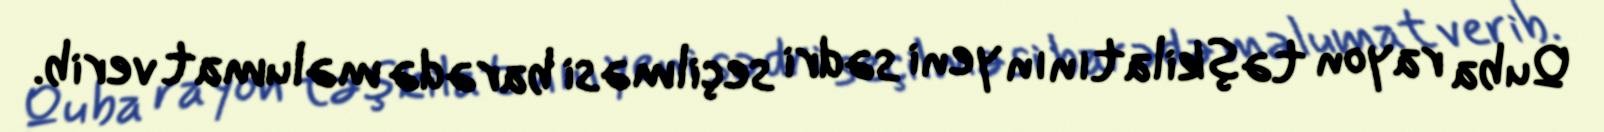
Quba rayon təşkilatının yeni sədri seçilməsi barədə məlumat verib.